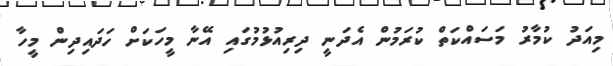
މިއަދު ކުމާރު މަސައްކަތް ކުރަމުން އެދަނީ ދިރިއުޅުމުގައި އޭނާ މީހަކަށް ހަދައިދިން މީހާ